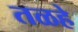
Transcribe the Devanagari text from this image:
तळहे